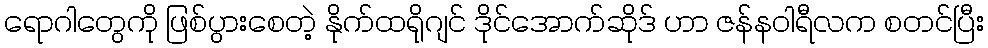
ရောဂါတွေကို ဖြစ်ပွားစေတဲ့ နိုက်ထရိုဂျင် ဒိုင်အောက်ဆိုဒ် ဟာ ဇန်နဝါရီလက စတင်ပြီး